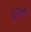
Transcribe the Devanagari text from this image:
भूमौ